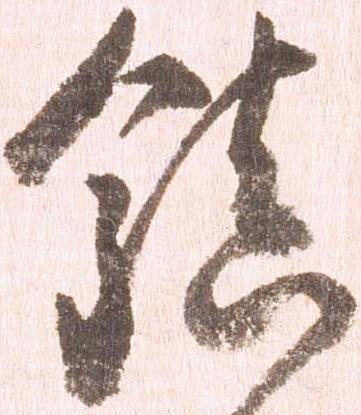
鎮